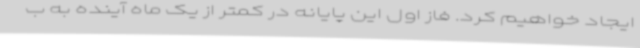
ایجاد خواهیم کرد. فاز اول این پایانه در کمتر از یک ماه آینده به ب